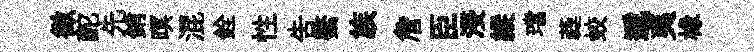
徴酡先銷暝混銓性吿綮族詹臣浸縱璫蕤蛟遞夷椽